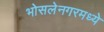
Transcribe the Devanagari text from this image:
भोसलेनगरमध्ये